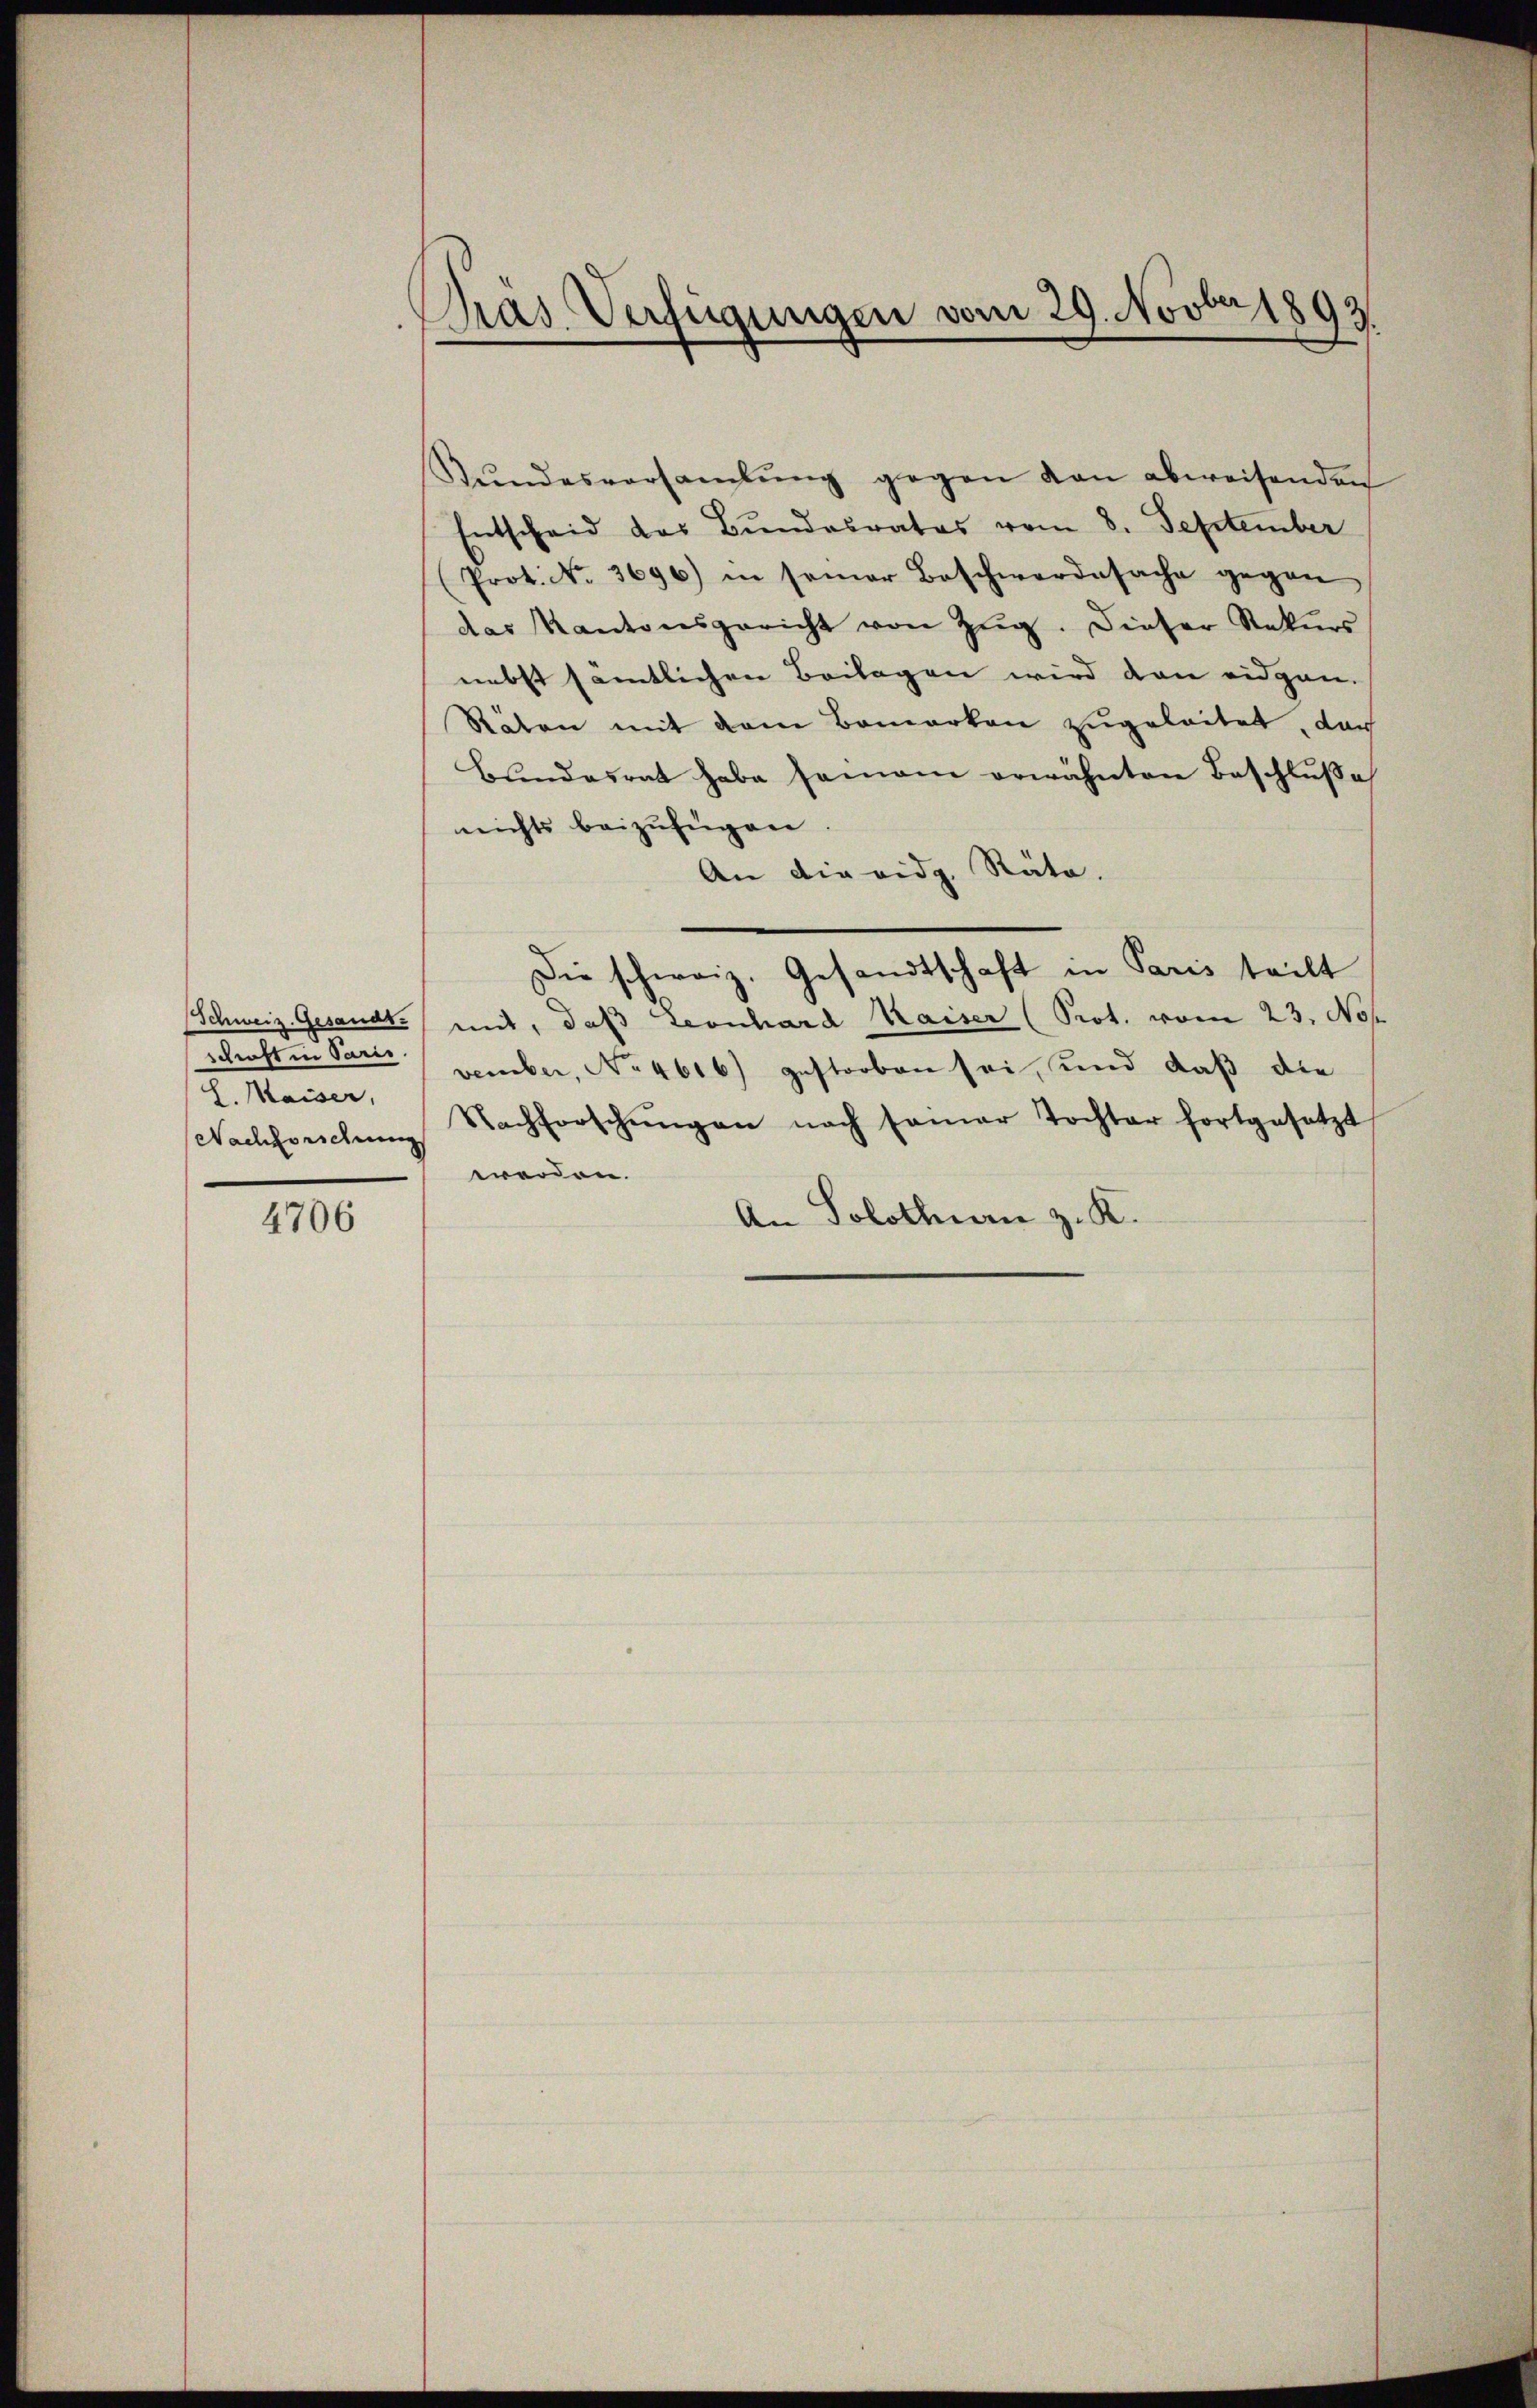
4706

Gras Verfügungen vom 29. Novber 1893.

Stŭndesversaṁlŭng gegen kan abweisenden
Entscheid das Bundesrates vom 8. September
(Prot. No. 3696) in seiner Beschwerdesache gegen
das Kantonsgericht von Zŭg. Dieser Rekŭrs
nebst sämtlichen Beilagen wird dan eidgen.
Räten mit dem Bemerken zugeleitet, dar
Bundesrat habe seinem erwähnten Beschluße
nichts beizufügen.
An die eidg. Räte.
Die schweiz. Gesandtschaft in Paris teilt
Schweiz. Gesandt mit, daß Leonhard Kaiser (Prot. vom 23. No
schaften Parii vember, No 4616) gestorben sei, und daß die
Nachforschung Nachforschŭngen nach seiner Tochter fortgesetzt
werden.
An Solothurn z. K.

H. Maiser,